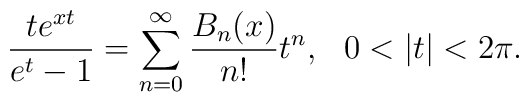
\frac{te^{xt}}{e^t-1}=\sum_{n=0}^{\infty}\frac{B_n(x)}{n!}t^n,\,\,\,\, 0<|t|<2\pi.